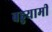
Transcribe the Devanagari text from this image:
बहुयामी